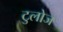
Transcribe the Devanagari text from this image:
टुलोज